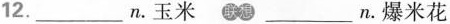
12 ___ .n.玉米 ___ n.爆米花